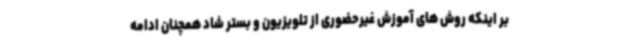
بر اینکه روش های آموزش غیرحضوری از تلویزیون و بستر شاد همچنان ادامه